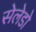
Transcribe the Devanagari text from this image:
सेलेडो